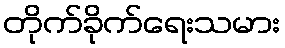
တိုက်ခိုက်ရေးသမား